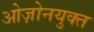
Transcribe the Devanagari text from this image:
ओज़ोनयुक्त